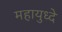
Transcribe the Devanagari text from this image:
महायुध्दे